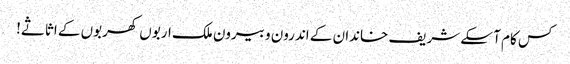
کس کام آ سکے شریف خاندان کے اندرون و بیرون ملک اربوں کھربوں کے اثاثے!